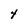
Character: 4